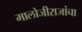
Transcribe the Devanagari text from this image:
मालोजीराजांचा